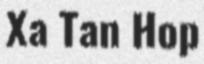
Xa Tan Hop